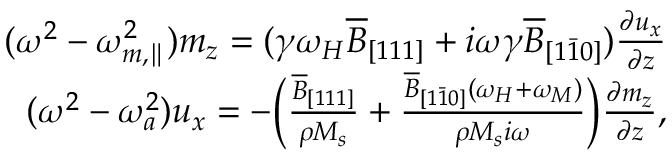
\begin{array} { r } { ( \omega ^ { 2 } - \omega _ { m , \parallel } ^ { 2 } ) m _ { z } = ( \gamma \omega _ { H } \overline { { B } } _ { [ 1 1 1 ] } + i \omega \gamma \overline { { B } } _ { [ 1 \bar { 1 } 0 ] } ) \frac { \partial u _ { x } } { \partial z } } \\ { ( \omega ^ { 2 } - \omega _ { a } ^ { 2 } ) u _ { x } = - \Big ( \frac { \overline { { B } } _ { [ 1 1 1 ] } } { \rho M _ { s } } + \frac { \overline { { B } } _ { [ 1 \bar { 1 } 0 ] } ( \omega _ { H } + \omega _ { M } ) } { \rho M _ { s } i \omega } \Big ) \frac { \partial m _ { z } } { \partial z } , } \end{array}